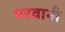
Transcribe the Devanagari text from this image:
परवानी